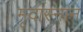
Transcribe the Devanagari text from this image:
मृदास्नान